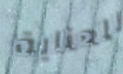
للعناية